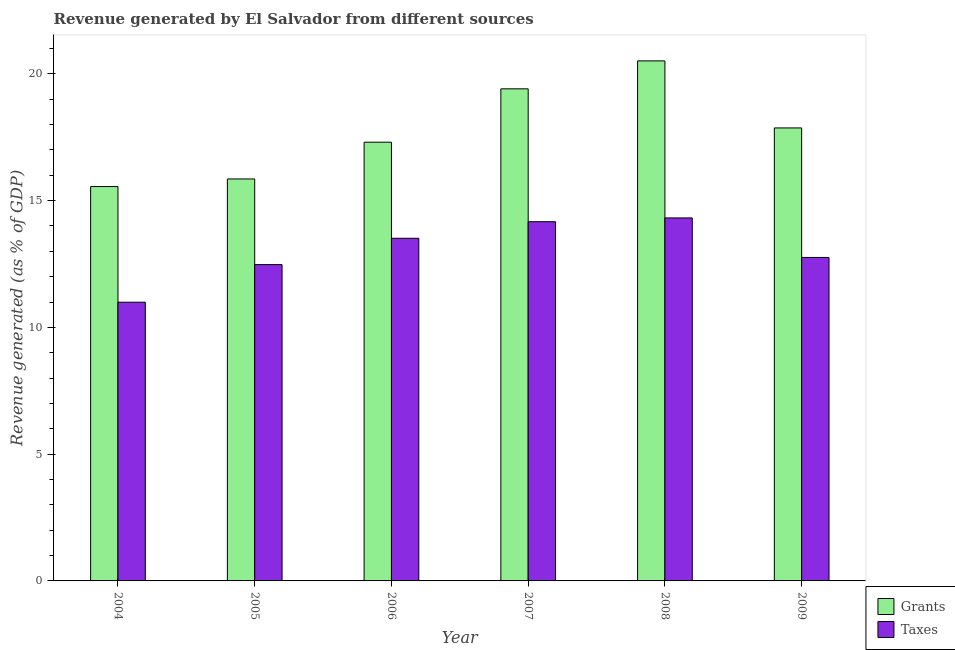
| Year | Grants | Taxes |
 | --- | --- | --- |
 | 2004 | 15.6 | 11 |
 | 2005 | 15.9 | 12.5 |
 | 2006 | 17.3 | 13.5 |
 | 2007 | 19.4 | 14.2 |
 | 2008 | 20.5 | 14.3 |
 | 2009 | 17.9 | 12.8 |